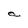
Character: a